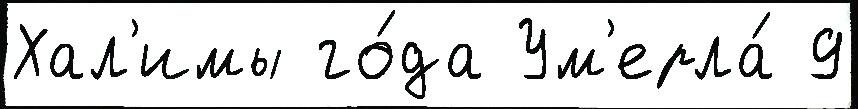
Хал'имы го́да Ум'ерла́ 9